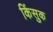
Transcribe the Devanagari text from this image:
किंसुक